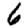
Digit: 6